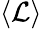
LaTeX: \langle\mathcal{L}\rangle